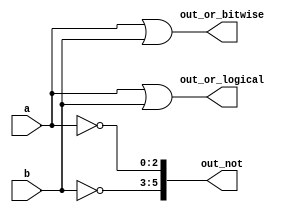
module top_module(
	input [2:0] a, 
	input [2:0] b, 
	output [2:0] out_or_bitwise,
	output out_or_logical,
	output [5:0] out_not
);
	
	assign out_or_bitwise = a | b;
	assign out_or_logical = a || b;

	assign out_not[2:0] = ~a;	// Part-select on left side is o.
	assign out_not[5:3] = ~b;	//Assigning to [5:3] does not conflict with [2:0]
	
endmodule